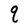
Character: q